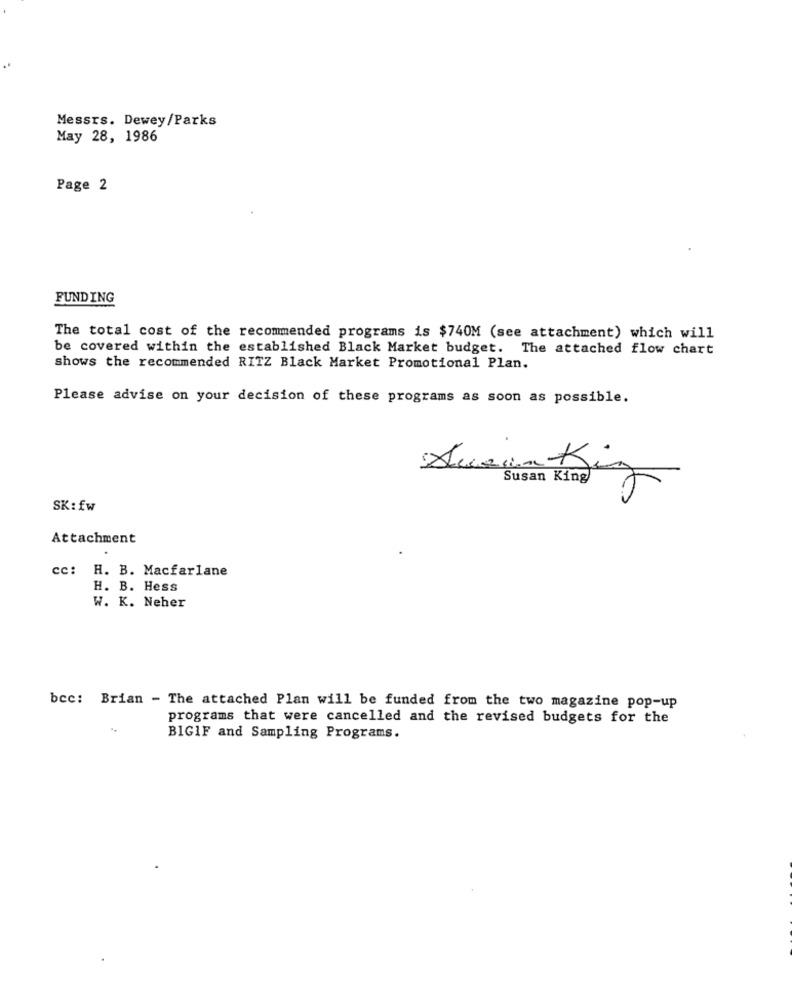
Messrs. Dewey/Parks
May 28, 1986
Page 2
FUNDING
The total cost of the recommended programs is $740M (see attachment) which will
be covered within the established Black Market budget. The attached flow chart
shows the recommended RITZ Black Market Promotional Plan.
Please advise on your decision of these programs as soon as possible.
Susan King
SK:fw
Attachment
cc: H. B. Macfarlane
H. B. Hess
W. K. Neher
bcc: Brian - The attached Plan will be funded from the two magazine pop-up
programs that were cancelled and the revised budgets for the
BIGIF and Sampling Programs.